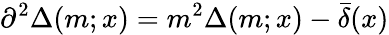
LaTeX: \partial^{2}\Delta(m;x)=m^{2}\Delta(m;x)-\bar{\delta}(x)